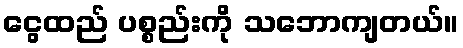
ငွေထည် ပစ္စည်းကို သဘောကျတယ်။